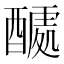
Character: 𮠽